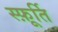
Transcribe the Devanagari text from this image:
स्फ़ूर्ति